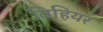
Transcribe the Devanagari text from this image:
विहियर